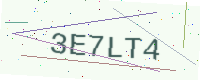
Text: 3E7LT4